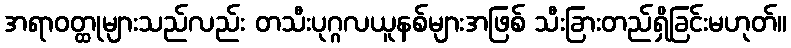
အရာဝတ္ထုများသည်လည်း တသီးပုဂ္ဂလယူနစ်များအဖြစ် သီးခြားတည်ရှိခြင်းမဟုတ်။